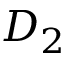
D _ { 2 }